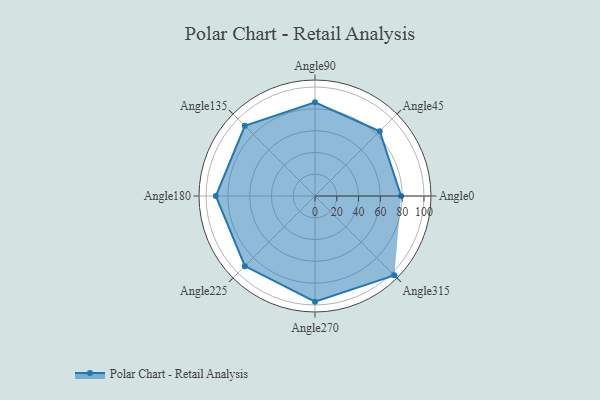
{"axis": {"x": "Angle", "y": "Radius"}, "legend": [""], "data": [{"x": "Angle0", "y": 79.0, "type": ""}, {"x": "Angle45", "y": 84.0, "type": ""}, {"x": "Angle90", "y": 86.0, "type": ""}, {"x": "Angle135", "y": 91.0, "type": ""}, {"x": "Angle180", "y": 91.0, "type": ""}, {"x": "Angle225", "y": 91.0, "type": ""}, {"x": "Angle270", "y": 97.0, "type": ""}, {"x": "Angle315", "y": 103.0, "type": ""}]}